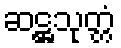
ဆဋ္ဌသုတ္တံ